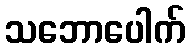
သဘောပေါက်